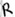
Text: R